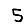
Digit: 5